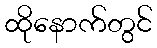
ထိုနောက်တွင်